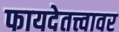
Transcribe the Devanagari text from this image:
फायदेतत्त्वावर